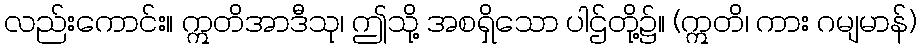
လည်းကောင်း။ ဣတိအာဒီသု၊ ဤသို့ အစရှိသော ပါဌ်တို့၌။ (ဣတိ၊ ကား ဂမျမာန်)